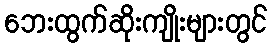
ဘေးထွက်ဆိုးကျိုးများတွင်